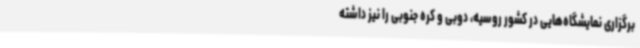
برگزاری نمایشگاه‌هایی در کشور روسیه، دوبی و کره جنوبی را نیز داشته